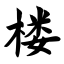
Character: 楼